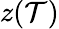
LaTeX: z(\mathcal{T})